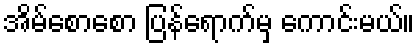
အိမ်စောစော ပြန်ရောက်မှ ကောင်းမယ်။